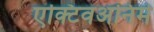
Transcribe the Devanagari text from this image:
एक्टिवअनिमे